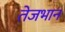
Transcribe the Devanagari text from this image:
तेजभान